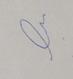
Signature authenticity: forged